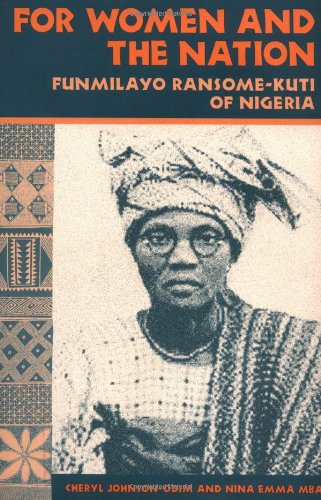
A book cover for For Women and the Nation: Funmilayo Ransome-Kuti of Nigeria; Cheryl Johnson-Odim; History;